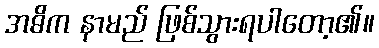
အဓိက နာမည် ဖြစ်သွားရပါတော့၏။